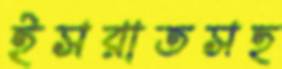
ইসরাতসহ